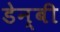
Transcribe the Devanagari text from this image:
डेन्‍बी